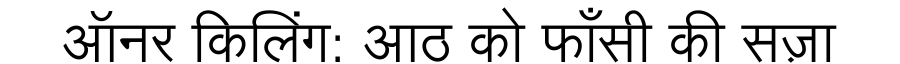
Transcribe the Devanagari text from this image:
ऑनर किलिंग: आठ को फाँसी की सज़ा